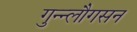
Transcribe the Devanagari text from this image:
गुन्न्लौगसन